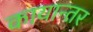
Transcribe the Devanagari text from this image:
कायान्तर